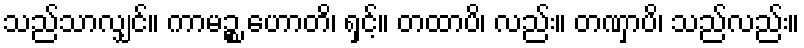
သည်သာလျှင်။ ကာမဉ္စ ဟောတိ၊ ရှင့်။ တထာပိ၊ လည်း။ တဏှာပိ၊ သည်လည်း။